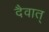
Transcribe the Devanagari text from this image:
दैवात्‌